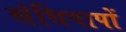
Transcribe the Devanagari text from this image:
संधिपापों